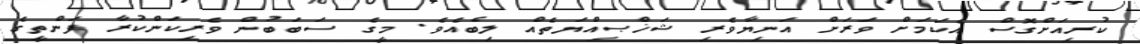
ކުރިއަށްގޮސް އެކަމަށް ވަރަށް އަނިޔާވެރި ޝަޚްޞިއްޔަތެއް ލިބެއެވެ. މީގެ ސަބަބުން ވެރިކަންކުރާ ފަންތީގެ